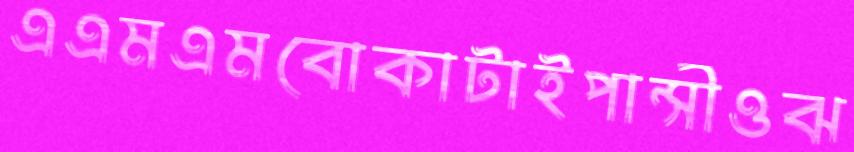
এএমএমবোকাটাইপান্সীওঝ